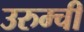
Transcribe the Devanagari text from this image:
उरुम्ची